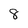
Character: 8